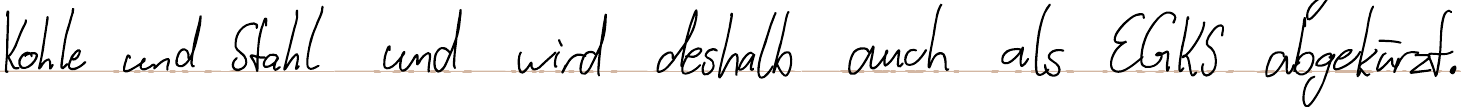
Kohle und Stahl und wird deshalb auch als EGKS abgekürzt.